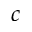
c